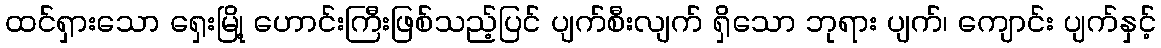
ထင်ရှားသော ရှေးမြို့ ဟောင်းကြီးဖြစ်သည့်ပြင် ပျက်စီးလျက် ရှိသော ဘုရား ပျက်၊ ကျောင်း ပျက်နှင့်